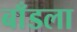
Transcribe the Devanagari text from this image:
बाँडला